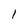
Character: 1